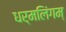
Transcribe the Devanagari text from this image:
धर्मलिंगम्